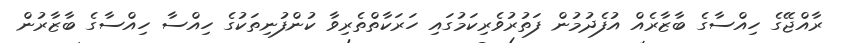
ރާއްޖޭގެ ހިއްސާގެ ބާޒާރެއް އުފެދުމުން ފަތުރުވެރިކަމުގައި ހަރަކާތްތެރިވާ ކުންފުނިތަކުގެ ހިއްސާ ހިއްސާގެ ބާޒާރުން